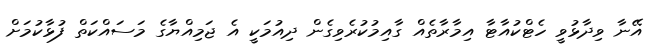
އޭނާ ވިދާޅުވީ ހެޓްކުއާޓާ އިމާރާތެއް ގާއިމުކުރެވިގެން ދިއުމަކީ އެ ޖަމިއްޔާގެ މަސައްކަތް ފުޅާކުމަށް